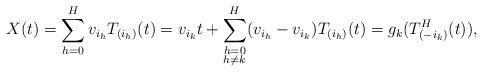
LaTeX: \begin{align*}X(t) = \sum_{h=0}^H v_{i_h}T_{(i_h)}(t) = v_{i_k}t +\sum_{\substack{h=0\\h\not=k}}^H (v_{i_h}-v_{i_k}) T_{(i_h)}(t) = g_k(T_{(-i_k)}^H(t)) ,\end{align*}